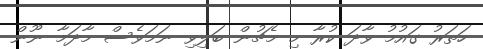
ހަތަރު ގައުމު ވާދަ ކުރާ މި މެޗުން ބަލިވި ނަމަވެސް މާދަމާ ނޫން